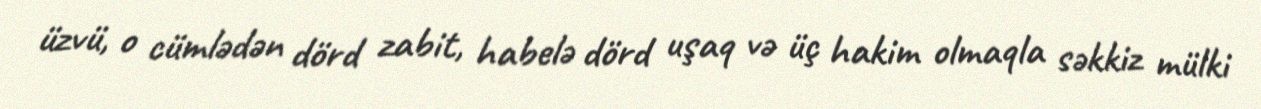
üzvü, o cümlədən dörd zabit, habelə dörd uşaq və üç hakim olmaqla səkkiz mülki